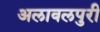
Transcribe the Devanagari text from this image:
अलावलपुरी